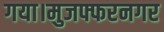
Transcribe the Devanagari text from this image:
गया।मुजफ्फरनगर